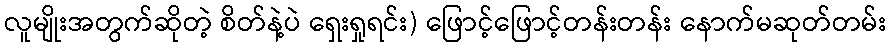
လူမျိုးအတွက်ဆိုတဲ့ စိတ်နဲ့ပဲ ရှေးရှုရင်း) ဖြောင့်ဖြောင့်တန်းတန်း နောက်မဆုတ်တမ်း